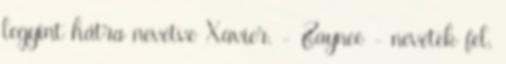
legyint hátra nevetve Xavier. - Zaynee - nevetek fel,